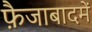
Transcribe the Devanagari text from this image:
फ़ैजाबादमें